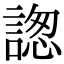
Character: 𧩪